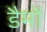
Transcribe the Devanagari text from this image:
डैमों